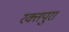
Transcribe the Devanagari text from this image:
रक्तपुरा